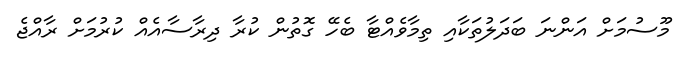
މޫސުމަށް އަންނަ ބަދަލުތަކާއި ތިމާވެއްޓާ ބެހޭ ގޮތުން ކުރާ ދިރާސާއެއް ކުރުމަށް ރާއްޖެ